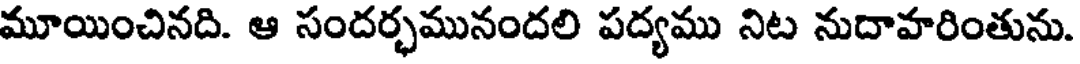
మూయించినది. ఆ సందర్భమునందలి పద్యము నిట నుదాహరింతును.